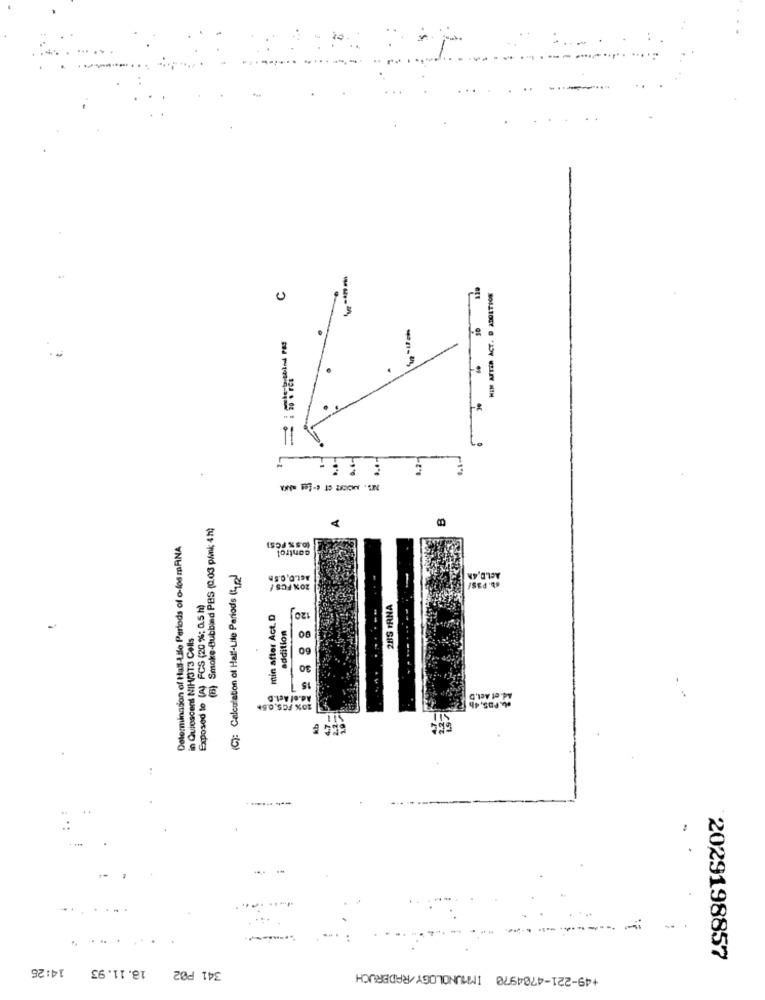
C
HIM AFTER ACT. D ADDITION
5
(B) Smoke-Bubbind PBS (0.03 p/mk; 4h)
Determination of Hall-Lilo Periods of o-los mANA
(0.5% FCS)
control
: Calculation of Half-Lite Periods (42)
-
Act.D.48
20% FCS /
Exposed to (A) FCS (20%; 0.5 h)
120
2BS IRNA
min after Act. D
....
in Quiescent NIH/313 Cells
addition
60
30
-
Ad.of Act.D
Ad.of Act.D
10% FC5.0.5+
---
14:26
18.11.93
2029198857
341 PØ2
+49-221-4704970 IMMUNOLOGY/RADBRUCH